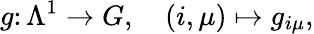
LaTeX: g\colon\Lambda^{1}\to G,\quad(i,\mu)\mapsto g_{i\mu},